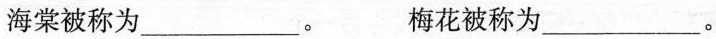
海棠被称为___。 梅花被称为___。